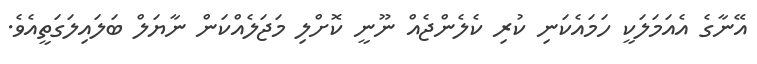
އޭނާގެ އެއަމަލަކީ ހަމައެކަނި ކުރި ކެލެންޖެއް ނޫނީ ކޮށްލި މަޖަލެއްކަން ނާޔަލް ބަލައިލަގަތީއެވެ.